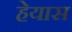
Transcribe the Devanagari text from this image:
हेयास